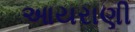
આયરાણી